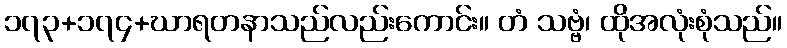
၁၇၃+၁၇၄+ဃာရတနာသည်လည်းကောင်း။ တံ သဗ္ဗံ၊ ထိုအလုံးစုံသည်။